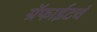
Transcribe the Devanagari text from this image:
ग्रॅफाईटचं